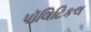
પૉલિટિકલ